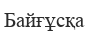
Байғұсқа